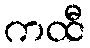
ကထီ